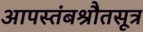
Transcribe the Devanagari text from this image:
आपस्तंबश्रौतसूत्र